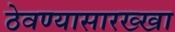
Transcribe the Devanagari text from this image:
ठेवण्यासारख्खा